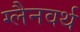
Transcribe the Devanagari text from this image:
ग्लैनवर्थ